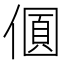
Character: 𠎡